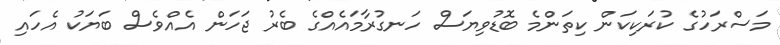
މަސްރަހުގެ ކުރަކިކަން ކިތަންމެ ބޮޑުވިޔަސް ހަނގުރާމައެއްގެ ބެރު ޖަހަން އެއްވެސް ބަޔަކު އެހައި